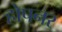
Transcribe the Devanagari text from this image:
होपनर